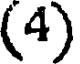
(4)